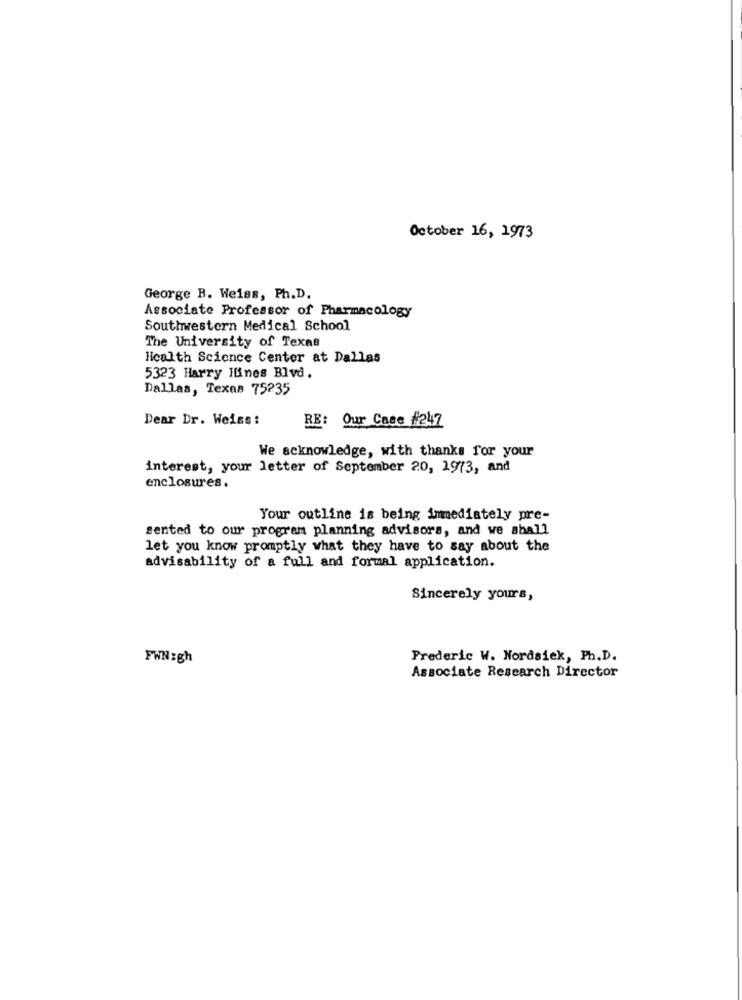
October 16, 1973
George B. Weiss, Ph.D.
Associate Professor of Pharmacology
Southwestern Medical School
The University of Texas
Health Science Center at Dallas
5323 Harry Hines Blvd.
Dallas, Texas 75235
Dear Dr. Weiss :
RE: Our Case #247
We acknowledge, with thanks for your
interest, your letter of September 20, 1973, and
enclosures.
Your outline is being immediately pre-
sented to our program planning advisors, and we shall
let you know promptly what they have to say about the
advisability of a full and formal application.
Sincerely yours,
FWN:gh
Frederic W. Nordsiek, Ph.D.
Associate Research Director